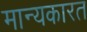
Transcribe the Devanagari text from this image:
मान्यकारत